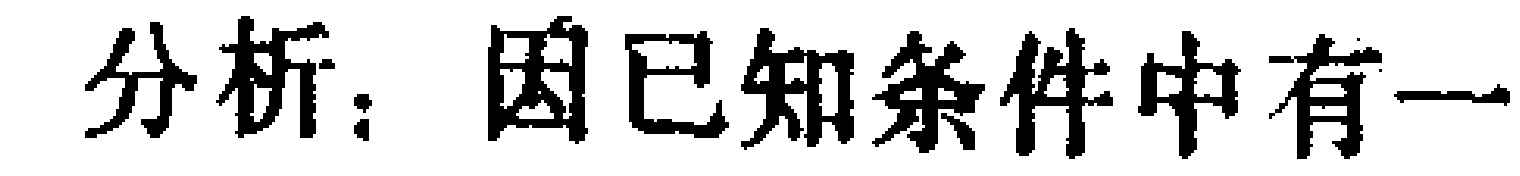
分析：因已知条件中有一